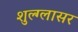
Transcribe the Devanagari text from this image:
शुल्‍ग्‍लासर